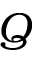
Q